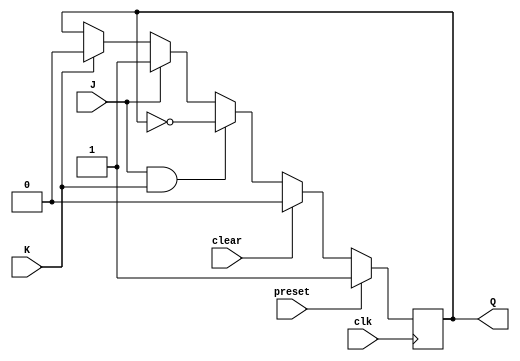
module jk_ff_posedge (
    input wire J,   // Input data
    input wire K,   // Input control
    input wire clk, // Clock input
    input wire preset, // Preset input
    input wire clear,  // Clear input
    output reg Q     // Output
);

reg Q_n; // Inverted output

always @(posedge clk) begin
    if (preset) begin
        Q <= 1'b1;
        Q_n <= 1'b0;
    end else if (clear) begin
        Q <= 1'b0;
        Q_n <= 1'b1;
    end else begin
        if (J && K) begin
            Q <= ~Q; // Toggle
            Q_n <= ~Q_n;
        end else if (J) begin
            Q <= 1'b1;
            Q_n <= 1'b0;
        end else if (K) begin
            Q <= 1'b0;
            Q_n <= 1'b1;
        end
    end
end

endmodule